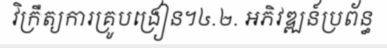
វិក្រឹត្យការគ្រូបង្រៀន។៤.២. អភិវឌ្ឍន៍ប្រព័ន្ធ